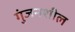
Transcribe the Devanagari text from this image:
गुंजनशील